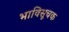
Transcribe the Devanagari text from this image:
भाविसूचक